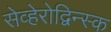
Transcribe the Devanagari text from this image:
सेव्हेरोद्विन्स्क